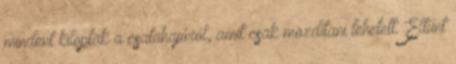
mindent kiloptak a csatahajóról, amit csak mozdítani lehetett. Eltűnt